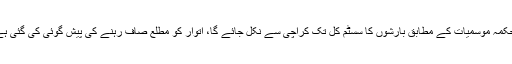
محکمہ موسمیات کے مطابق بارشوں کا سسٹم کل تک کراچی سے نکل جائے گا، اتوار کو مطلع صاف رہنے کی پیش گوئی کی گئی ہے۔